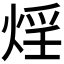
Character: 𭵂